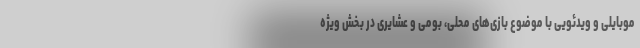
موبایلی و ویدئویی با موضوع بازی‌های محلی، بومی و عشایری در بخش ویژه